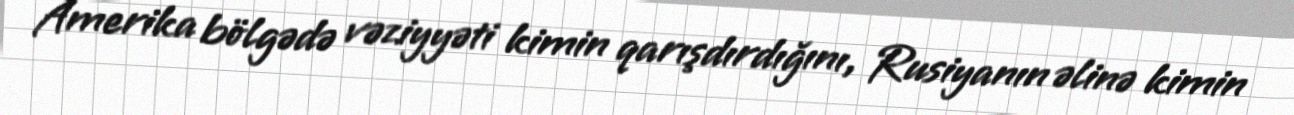
Amerika bölgədə vəziyyəti kimin qarışdırdığını, Rusiyanın əlinə kimin